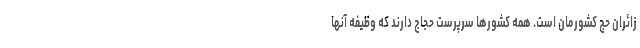
زائران حج کشورمان است. همه کشورها سرپرست حجاج دارند که وظیفه آنها